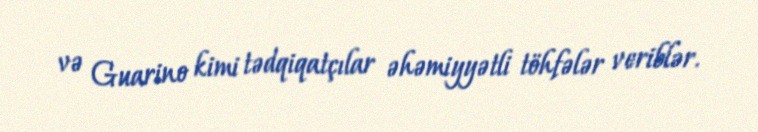
və Guarino kimi tədqiqatçılar əhəmiyyətli töhfələr veriblər.